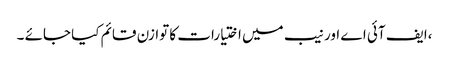
،ایف آئی اے اور نیب میں اختیارات کا توازن قائم کیا جائے ۔